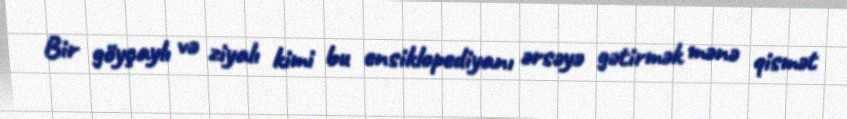
Bir göyçaylı və ziyalı kimi bu ensiklopediyanı ərsəyə gətirmək mənə qismət